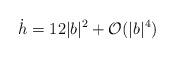
LaTeX: \begin{align*}\dot{h} = 12 |b|^2 + \mathcal{O}(|b|^4)\end{align*}